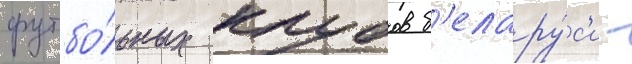
футбо́льных клубов б'елару́с'и -